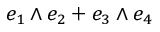
e _ { 1 } \wedge e _ { 2 } + e _ { 3 } \wedge e _ { 4 }